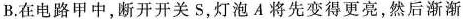
B.在电路甲中，断开开关S，灯泡A将先变得更亮，然后渐渐